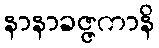
နာနာခဇ္ဇကာနိ